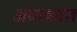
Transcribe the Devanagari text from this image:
अवाकांत